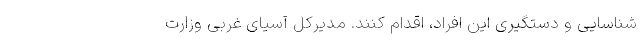
شناسایی و دستگیری این افراد، اقدام کنند. مدیرکل آسیای غربی وزارت